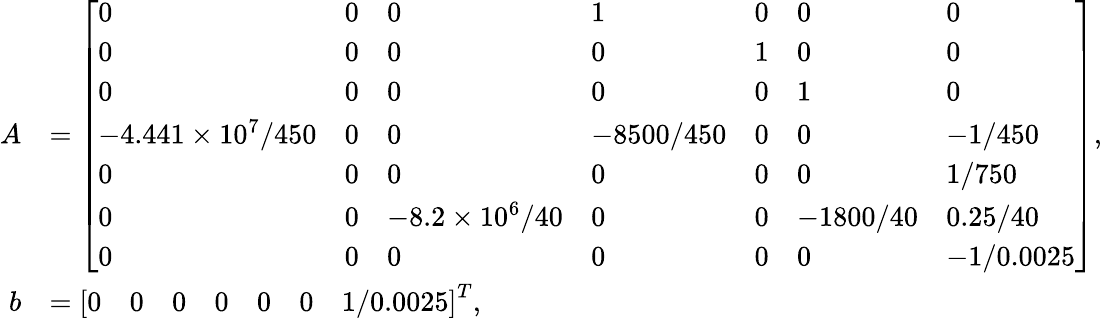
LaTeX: \begin{array}{rl}{A}&{=\left[\begin{array}{lllllll}{0}&{0}&{0}&{1}&{0}&{0}&{0}\\ {0}&{0}&{0}&{0}&{1}&{0}&{0}\\ {0}&{0}&{0}&{0}&{0}&{1}&{0}\\ {-4.441\times 10^{7}/450}&{0}&{0}&{-8500/450}&{0}&{0}&{-1/450}\\ {0}&{0}&{0}&{0}&{0}&{0}&{1/750}\\ {0}&{0}&{-8.2\times 10^{6}/40}&{0}&{0}&{-1800/40}&{0.25/40}\\ {0}&{0}&{0}&{0}&{0}&{0}&{-1/0.0025}\end{array}\right],}\\ {b}&{=\left[\begin{array}{lllllll}{0}&{0}&{0}&{0}&{0}&{0}&{1/0.0025}\end{array}\right]^{T},}\end{array}